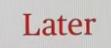
Later